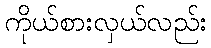
ကိုယ်စားလှယ်လည်း